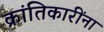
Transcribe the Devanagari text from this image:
क्रांतिकारींना